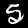
Label: 5